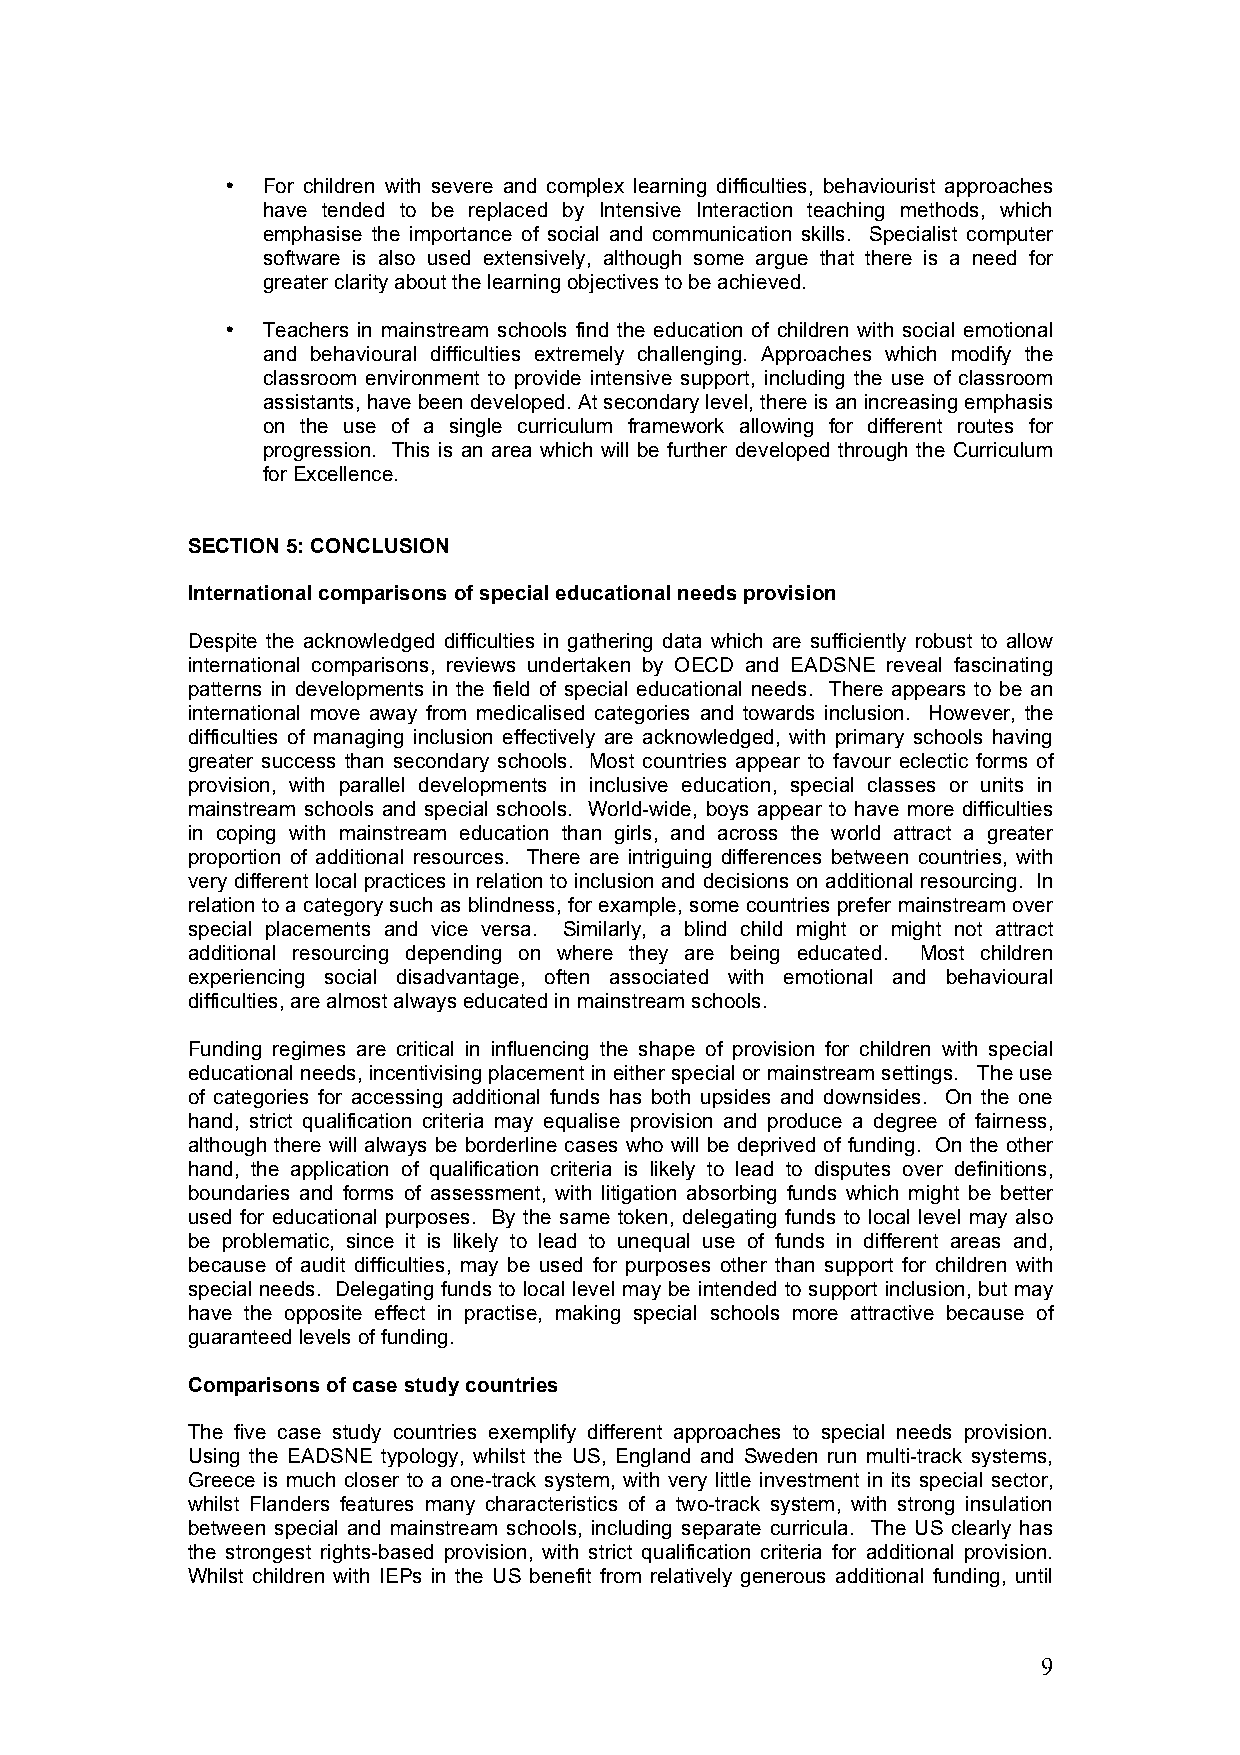
• For children with severe and complex learning difficulties, behaviourist approaches
 have tended to be replaced by Intensive Interaction teaching methods, which
 emphasise the importance of social and communication skills. Specialist computer
 software is also used extensively, although some argue that there is a need for
 greater clarity about the learning objectives to be achieved.
 • Teachers in mainstream schools find the education of children with social emotional
 and behavioural difficulties extremely challenging. Approaches which modify the
 classroom environment to provide intensive support, including the use of classroom
 assistants, have been developed. At secondary level, there is an increasing emphasis
 on the use of a single curriculum framework allowing for different routes for
 progression. This is an area which will be further developed through the Curriculum
 for Excellence.
 SECTION 5: CONCLUSION
 International comparisons of special educational needs provision
 Despite the acknowledged difficulties in gathering data which are sufficiently robust to allow
 international comparisons, reviews undertaken by OECD and EADSNE reveal fascinating
 patterns in developments in the field of special educational needs. There appears to be an
 international move away from medicalised categories and towards inclusion. However, the
 difficulties of managing inclusion effectively are acknowledged, with primary schools having
 greater success than secondary schools. Most countries appear to favour eclectic forms of
 provision, with parallel developments in inclusive education, special classes or units in
 mainstream schools and special schools. World-wide, boys appear to have more difficulties
 in coping with mainstream education than girls, and across the world attract a greater
 proportion of additional resources. There are intriguing differences between countries, with
 very different local practices in relation to inclusion and decisions on additional resourcing. In
 relation to a category such as blindness, for example, some countries prefer mainstream over
 special placements and vice versa. Similarly, a blind child might or might not attract
 additional resourcing depending on where they are being educated. Most children
 experiencing social disadvantage, often associated with emotional and behavioural
 difficulties, are almost always educated in mainstream schools.
 Funding regimes are critical in influencing the shape of provision for children with special
 educational needs, incentivising placement in either special or mainstream settings. The use
 of categories for accessing additional funds has both upsides and downsides. On the one
 hand, strict qualification criteria may equalise provision and produce a degree of fairness,
 although there will always be borderline cases who will be deprived of funding. On the other
 hand, the application of qualification criteria is likely to lead to disputes over definitions,
 boundaries and forms of assessment, with litigation absorbing funds which might be better
 used for educational purposes. By the same token, delegating funds to local level may also
 be problematic, since it is likely to lead to unequal use of funds in different areas and,
 because of audit difficulties, may be used for purposes other than support for children with
 special needs. Delegating funds to local level may be intended to support inclusion, but may
 have the opposite effect in practise, making special schools more attractive because of
 guaranteed levels of funding.
 Comparisons of case study countries
 The five case study countries exemplify different approaches to special needs provision.
 Using the EADSNE typology, whilst the US, England and Sweden run multi-track systems,
 Greece is much closer to a one-track system, with very little investment in its special sector,
 whilst Flanders features many characteristics of a two-track system, with strong insulation
 between special and mainstream schools, including separate curricula. The US clearly has
 the strongest rights-based provision, with strict qualification criteria for additional provision.
 Whilst children with IEPs in the US benefit from relatively generous additional funding, until
 9